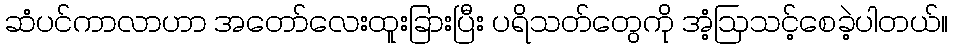
ဆံပင်ကာလာဟာ အတော်လေးထူးခြားပြီး ပရိသတ်တွေကို အံ့ဩသင့်စေခဲ့ပါတယ်။